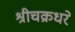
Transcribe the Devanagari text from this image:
श्रीचक्रधरे